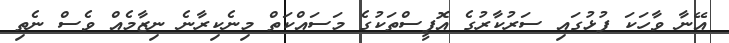
އޭނާ ވާހަކަ ފުޅުގައި ސަރުކާރުގެ އޮފީސްތަކުގެ މަސައްކަތް މިނެކިރާނެ ނިޒާމެއް ވެސް ނެތި